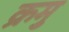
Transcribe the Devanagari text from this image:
क्रमु